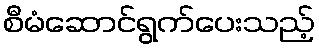
စီမံဆောင်ရွက်ပေးသည့်